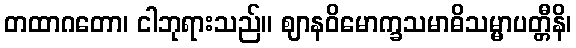
တထာဂတော၊ ငါဘုရားသည်။ ဈာနဝိမောက္ခသမာဓိသမ္မာပတ္တီနိ၊